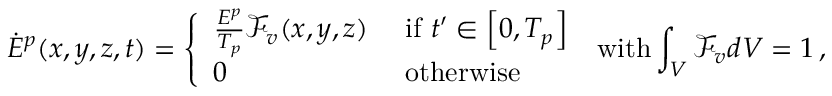
\dot { E } ^ { p } ( x , y , z , t ) = \left\{ \begin{array} { l l } { \frac { E ^ { p } } { T _ { p } } \mathcal { F } _ { v } ( x , y , z ) } & { \mathrm { ~ i f ~ } t ^ { \prime } \in \left[ 0 , T _ { p } \right] } \\ { 0 } & { \mathrm { ~ o t h e r w i s e } } \end{array} \right. \; \mathrm { w i t h } \int _ { V } \mathcal { F } _ { v } d V = 1 \, \mathrm { , }